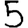
Digit: 5